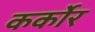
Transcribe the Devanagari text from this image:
कर्कोर